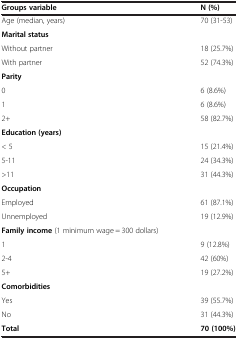
<table><thead><tr><td><b>Groups variable</b></td><td><b>N (%)</b></td></tr></thead><tbody><tr><td>Age (median, years)</td><td>70 (31-53)</td></tr><tr><td><b>Marital status</b></td><td> </td></tr><tr><td>Without partner</td><td>18 (25.7%)</td></tr><tr><td>With partner</td><td>52 (74.3%)</td></tr><tr><td><b>Parity</b></td><td> </td></tr><tr><td>0</td><td>6 (8.6%)</td></tr><tr><td>1</td><td>6 (8.6%)</td></tr><tr><td>2+</td><td>58 (82.7%)</td></tr><tr><td><b>Education (years)</b></td><td> </td></tr><tr><td>&lt; 5</td><td>15 (21.4%)</td></tr><tr><td>5-11</td><td>24 (34.3%)</td></tr><tr><td>&gt;11</td><td>31 (44.3%)</td></tr><tr><td><b>Occupation</b></td><td> </td></tr><tr><td>Employed</td><td>61 (87.1%)</td></tr><tr><td>Unnemployed</td><td>19 (12.9%)</td></tr><tr><td><b>Family income</b> (1 minimum wage = 300 dollars)</td><td> </td></tr><tr><td>1</td><td>9 (12.8%)</td></tr><tr><td>2-4</td><td>42 (60%)</td></tr><tr><td>5+</td><td>19 (27.2%)</td></tr><tr><td><b>Comorbidities</b></td><td> </td></tr><tr><td>Yes</td><td>39 (55.7%)</td></tr><tr><td>No</td><td>31 (44.3%)</td></tr><tr><td><b>Total</b></td><td><b>70 (100%)</b></td></tr></tbody></table>